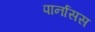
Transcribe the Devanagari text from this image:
पार्नासस